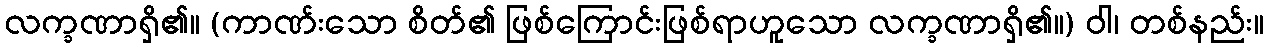
လက္ခဏာရှိ၏။ (ကာဏ်းသော စိတ်၏ ဖြစ်ကြောင်းဖြစ်ရာဟူသော လက္ခဏာရှိ၏။) ဝါ၊ တစ်နည်း။